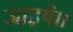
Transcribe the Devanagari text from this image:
जाइये।।